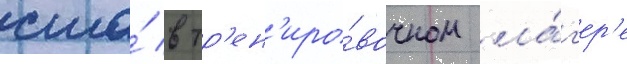
сша́ в тр'ен'иро́вочном ла́г'ер'е